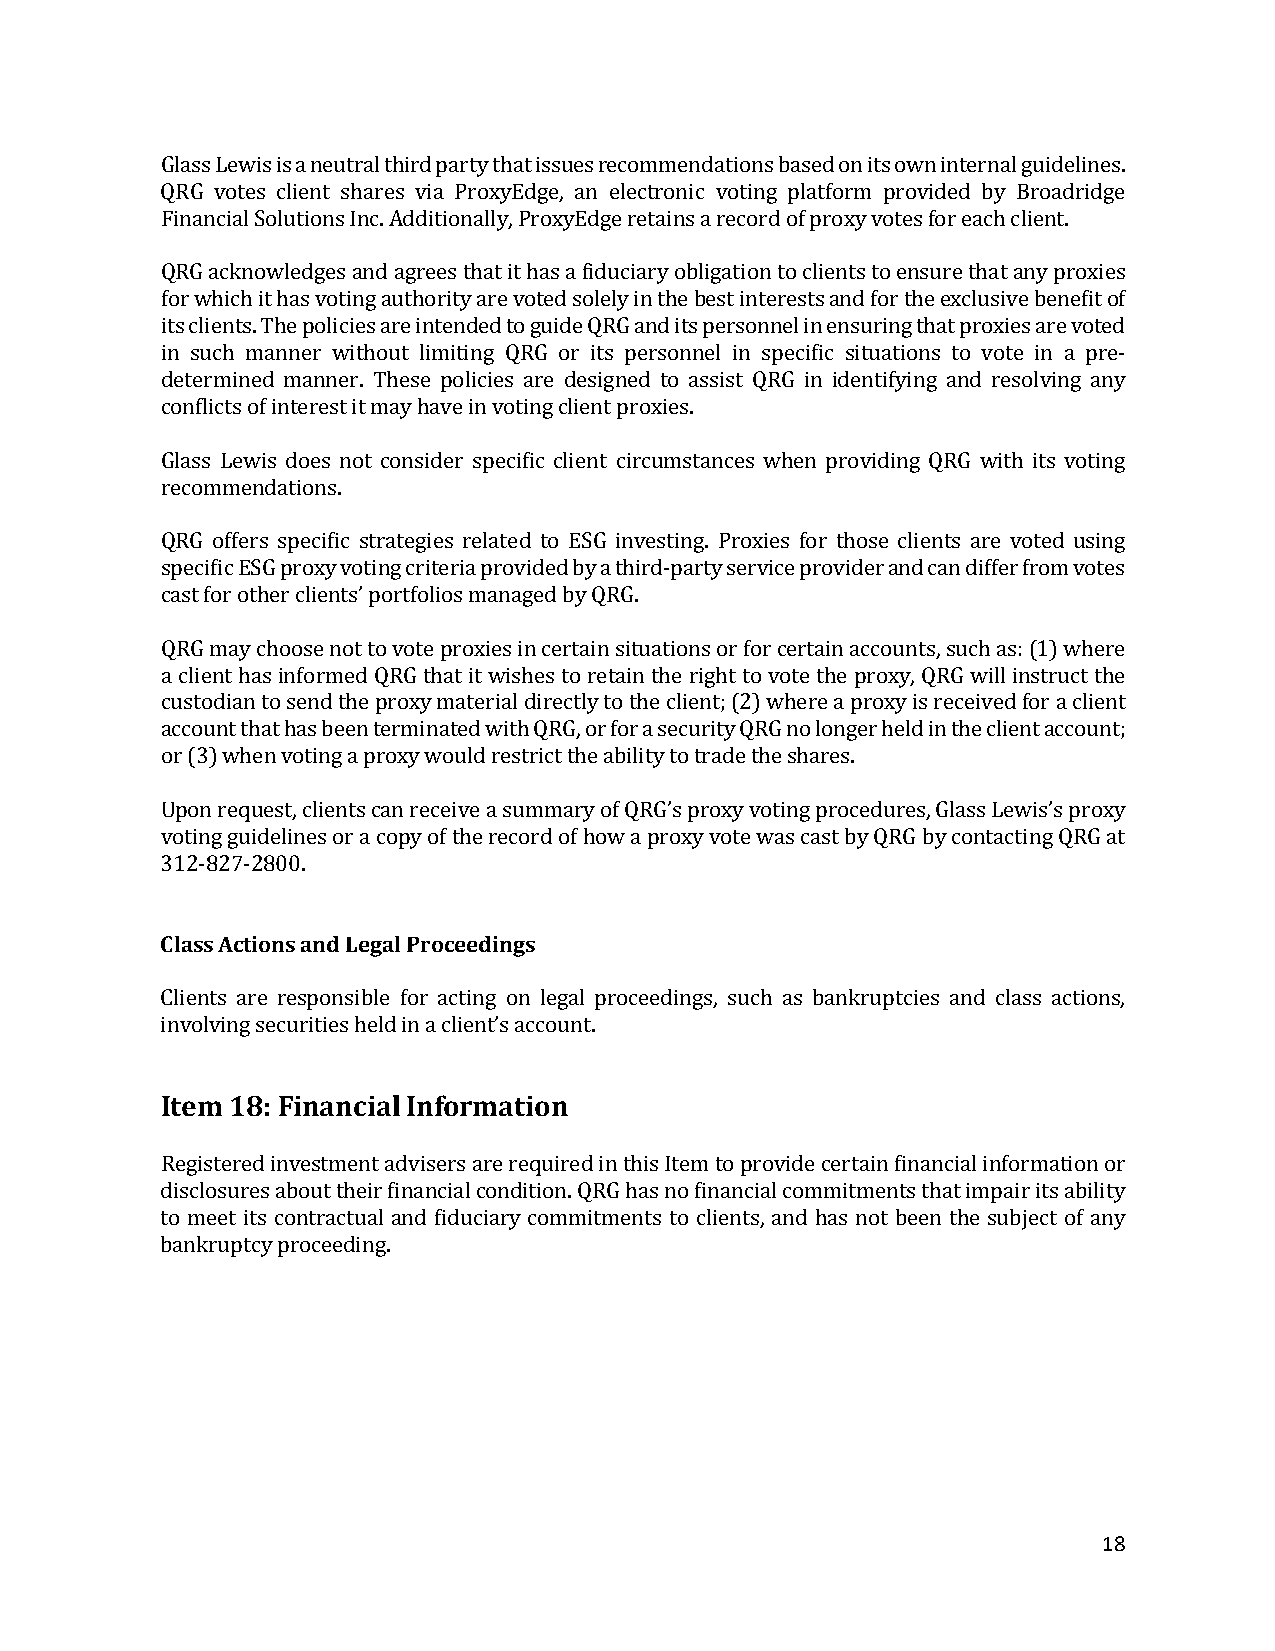
Glass Lewis is a neutral third party that issues recommendations based on its own internal guidelines.
 QRG votes client shares via ProxyEdge, an electronic voting platform provided by Broadridge
 Financial Solutions Inc. Additionally, ProxyEdge retains a record of proxy votes for each client.
 QRG acknowledges and agrees that it has a fiduciary obligation to clients to ensure that any proxies
 for which it has voting authority are voted solely in the best interests and for the exclusive benefit of
 its clients. The policies are intended to guide QRG and its personnel in ensuring that proxies are voted
 in such manner without limiting QRG or its personnel in specific situations to vote in a pre-
 determined manner. These policies are designed to assist QRG in identifying and resolving any
 conflicts of interest it may have in voting client proxies.
 Glass Lewis does not consider specific client circumstances when providing QRG with its voting
 recommendations.
 QRG offers specific strategies related to ESG investing. Proxies for those clients are voted using
 specific ESG proxy voting criteria provided by a third-party service provider and can differ from votes
 cast for other clients’ portfolios managed by QRG.
 QRG may choose not to vote proxies in certain situations or for certain accounts, such as: (1) where
 a client has informed QRG that it wishes to retain the right to vote the proxy, QRG will instruct the
 custodian to send the proxy material directly to the client; (2) where a proxy is received for a client
 account that has been terminated with QRG, or for a security QRG no longer held in the client account;
 or (3) when voting a proxy would restrict the ability to trade the shares.
 Upon request, clients can receive a summary of QRG’s proxy voting procedures, Glass Lewis’s proxy
 voting guidelines or a copy of the record of how a proxy vote was cast by QRG by contacting QRG at
 312-827-2800.
 Class Actions and Legal Proceedings
 Clients are responsible for acting on legal proceedings, such as bankruptcies and class actions,
 involving securities held in a client’s account.
 Item 18: Financial Information
 Registered investment advisers are required in this Item to provide certain financial information or
 disclosures about their financial condition. QRG has no financial commitments that impair its ability
 to meet its contractual and fiduciary commitments to clients, and has not been the subject of any
 bankruptcy proceeding.
 18